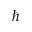
\hbar